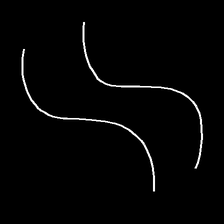
Glyph: float